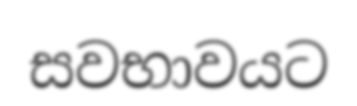
සවභාවයට